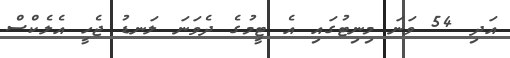
އަދި 54 ވަނަ މިނިޓުގައި އެ ޓީމުގެ ދެވަނަ ލަނޑު ޖެހީ އެލެކްސް